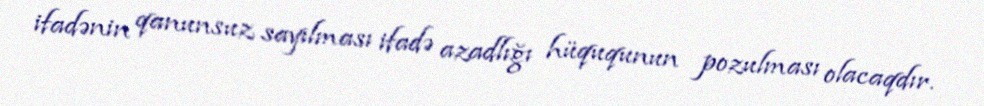
ifadənin qanunsuz sayılması ifadə azadlığı hüququnun pozulması olacaqdır.